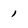
Character: 1